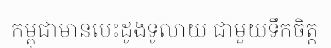
កម្ពុជាមានបេះដូងទូលាយ ជាមួយទឹកចិត្ត